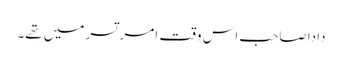
دادا صاحب اس وقت امر تسر میں تھے۔